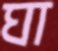
ঘা